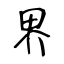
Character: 界